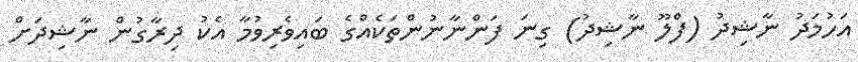
އަހުމަދު ނާޝިދު (ފްލޫ ނާޝިދު) ގިނަ ފަންނާނުންތަކެއްގެ ބައިވެރިވުމާ އެކު ދިރާގުން ނާޝިދަށް